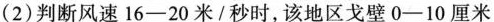
(2)判断风速16-20米/秒时，该地区戈壁0-10厘米